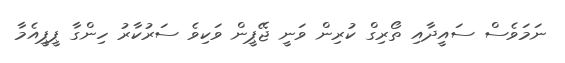
ނަމަވެސް ސައީދާއި ތޯރިގް ކުރިން ވަނީ ޖޭޕީން ވަކިވެ ސަރުކާރު ހިންގާ ޕީޕީއެމާ